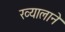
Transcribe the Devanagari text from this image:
ख्यालाने